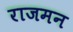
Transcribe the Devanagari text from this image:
राजमन